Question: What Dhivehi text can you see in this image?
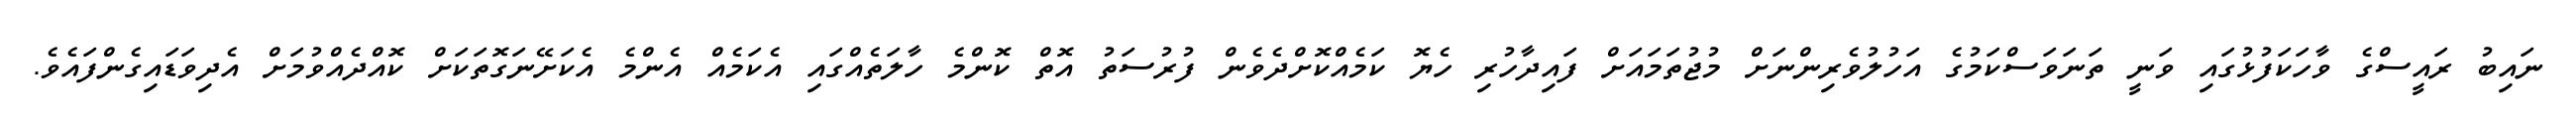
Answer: ނައިބު ރައީސްގެ ވާހަކަފުޅުގައި ވަނީ ތަނަވަސްކަމުގެ އަހުލުވެރިންނަށް މުޖުތަމައަށް ފައިދާހުރި ހެޔޮ ކަމެއްކޮށްދެވެން ފުރުސަތު އޮތް ކޮންމެ ހާލަތެއްގައި އެކަމެއް އެންމެ އެކަށޭނަގޮތަކަށް ކޮއްދެއްވުމަށް އެދިވަޑައިގެންފައެވެ.